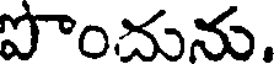
పొంచును.